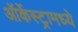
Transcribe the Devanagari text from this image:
ऑर्केस्ट्रामध्ये